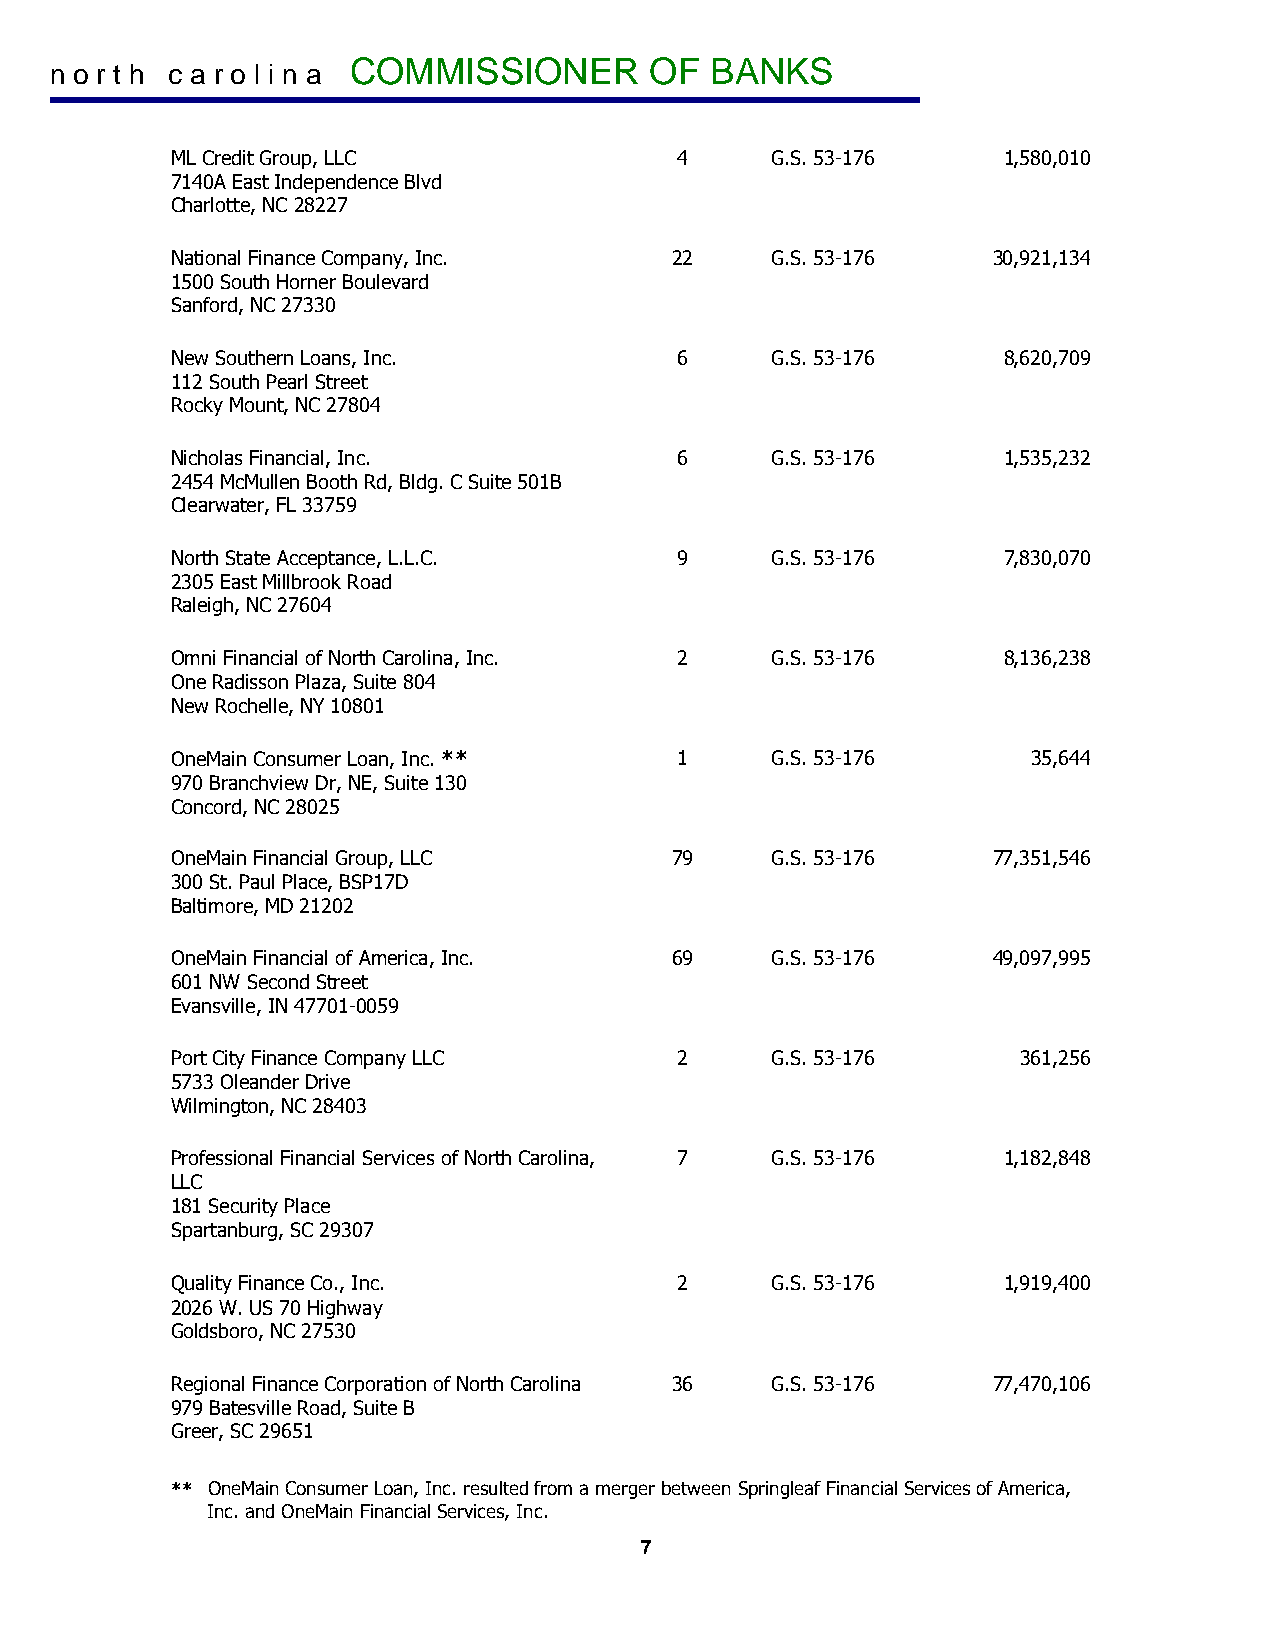
COMMISSIONER        OF  BANKS
 n o r t h c a r o l i n a
 ML Credit Group, LLC              4     G.S. 53-176    1,580,010
 7140A East Independence Blvd
 Charlotte, NC 28227
 National Finance Company, Inc.   22     G.S. 53-176    30,921,134
 1500 South Horner Boulevard
 Sanford, NC 27330
 New Southern Loans, Inc.          6     G.S. 53-176    8,620,709
 112 South Pearl Street
 Rocky Mount, NC 27804
 Nicholas Financial, Inc.          6     G.S. 53-176    1,535,232
 2454 McMullen Booth Rd, Bldg. C Suite 501B
 Clearwater, FL 33759
 North State Acceptance, L.L.C.    9     G.S. 53-176    7,830,070
 2305 East Millbrook Road
 Raleigh, NC 27604
 Omni Financial of North Carolina, Inc. 2 G.S. 53-176   8,136,238
 One Radisson Plaza, Suite 804
 New Rochelle, NY 10801
 OneMain Consumer Loan, Inc. **    1     G.S. 53-176      35,644
 970 Branchview Dr, NE, Suite 130
 Concord, NC 28025
 OneMain Financial Group, LLC     79     G.S. 53-176    77,351,546
 300 St. Paul Place, BSP17D
 Baltimore, MD 21202
 OneMain Financial of America, Inc. 69   G.S. 53-176    49,097,995
 601 NW Second Street
 Evansville, IN 47701-0059
 Port City Finance Company LLC     2     G.S. 53-176      361,256
 5733 Oleander Drive
 Wilmington, NC 28403
 Professional Financial Services of North Carolina, 7 G.S. 53-176 1,182,848
 LLC
 181 Security Place
 Spartanburg, SC 29307
 Quality Finance Co., Inc.         2     G.S. 53-176    1,919,400
 2026 W. US 70 Highway
 Goldsboro, NC 27530
 Regional Finance Corporation of North Carolina 36 G.S. 53-176 77,470,106
 979 Batesville Road, Suite B
 Greer, SC 29651
 ** OneMain Consumer Loan, Inc. resulted from a merger between Springleaf Financial Services of America,
 Inc. and OneMain Financial Services, Inc.
 7